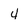
Character: 4